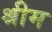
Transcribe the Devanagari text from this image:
श्रीम